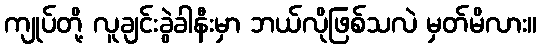
ကျုပ်တို့ လူချင်းခွဲခါနီးမှာ ဘယ်လိုဖြစ်သလဲ မှတ်မိလား။